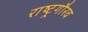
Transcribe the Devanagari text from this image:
राष्‍ट्रगौरव